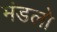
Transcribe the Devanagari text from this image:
मंडलो